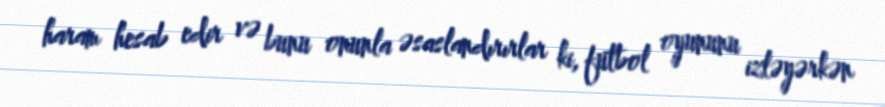
haram hesab edir və bunu onunla əsaslandırırlar ki, futbol oyununu izləyərkən